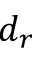
d _ { r }